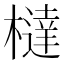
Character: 橽